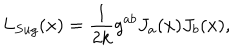
LaTeX: L _ { S u g } ( x ) = \frac { 1 } { 2 k } g ^ { a b } J _ { a } ( x ) J _ { b } ( x ) ,